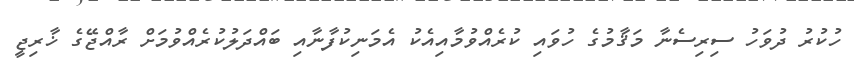
ހުކުރު ދުވަހު ސިރިސެނާ މަޤާމުގެ ހުވައި ކުރެއްވުމާއިއެކު އެމަނިކުފާނާއި ބައްދަލުކުރެއްވުމަށް ރާއްޖޭގެ ޚާރިޖީ